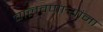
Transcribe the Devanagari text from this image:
चालवणार्‍यांना